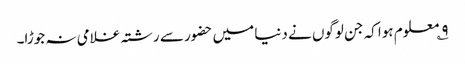
۹؎ معلوم ہوا کہ جن لوگوں نے دنیا میں حضور سے رشتہ غلامی نہ جوڑا۔